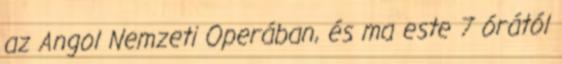
az Angol Nemzeti Operában, és ma este 7 órától